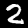
Label: 2